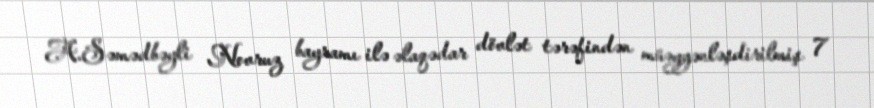
A.Səmədbəyli Novruz bayramı ilə əlaqədar dövlət tərəfindən müəyyənləşdirilmiş 7